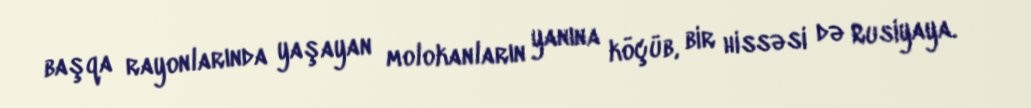
başqa rayonlarında yaşayan molokanların yanına köçüb, bir hissəsi də Rusiyaya.